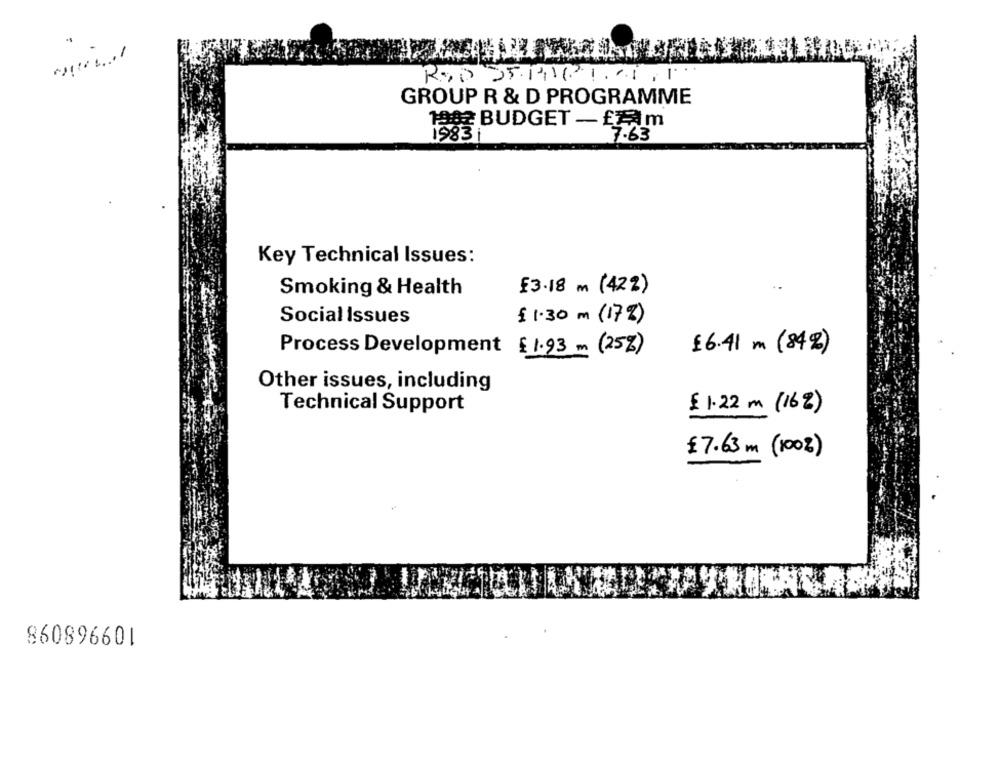
GROUP R & D PROGRAMME
1802 BUDGET - fm
7.63
1583
Key Technical Issues:
F3.18 m (422)
Smoking & Health
Social Issues
£ 1.30 m ( 17% )
£6.41 m (84%)
Process Development £ 1.93 (25%)
Other issues, including
Technical Support
₹ 1.22 m (16%)
£7.63m (100%)
109968098